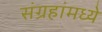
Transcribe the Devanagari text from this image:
संग्रहांमध्ये